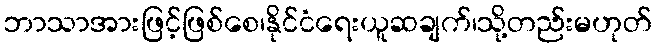
ဘာသာအားဖြင့်ဖြစ်စေ၊နိုင်ငံရေးယူဆချက်၊သို့တည်းမဟုတ်